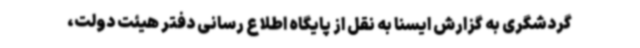
گردشگری به گزارش ایسنا به نقل از پایگاه اطلاع رسانی دفتر هیئت دولت،